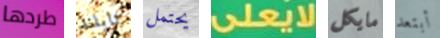
طردها تايلند يحتمل لايعلى مايكل أبتعد